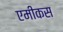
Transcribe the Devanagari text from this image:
एमीकस